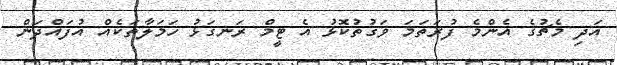
އަދި މެޗުގެ އެންމެ ފުރަތަމަ ވަގުތުކޮޅު އެ ޓީމް ރަނގަޅު ހަމަލާތަކެއް އުފައްދަން